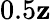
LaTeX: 0.5\mathbf{z}